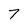
Character: 7